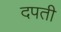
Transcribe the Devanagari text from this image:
दपती